Lock hospitals Punjab
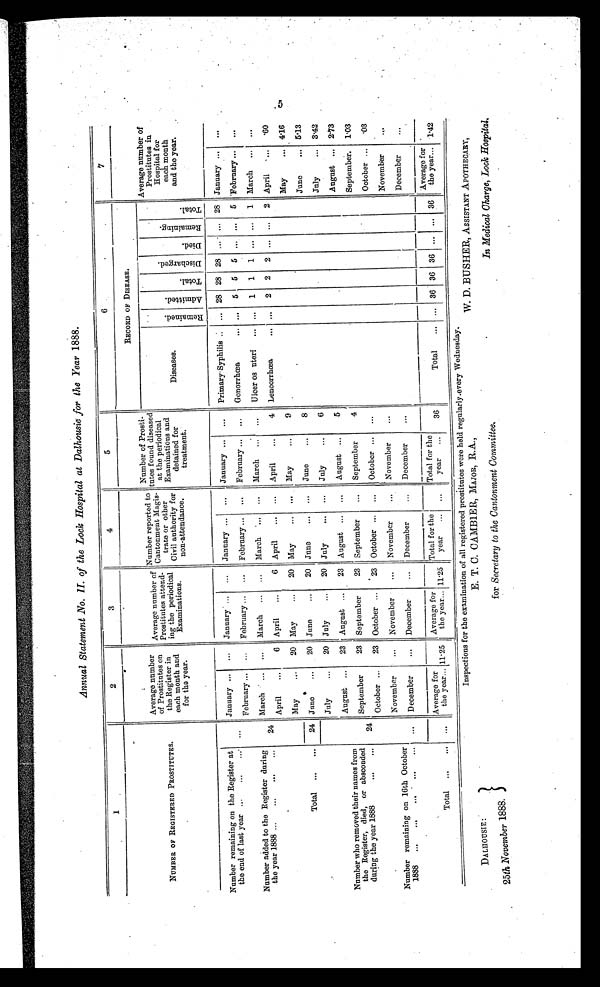
Annual Statement .No.II. of the Lock Hospital at Dalhousie for the Year 1888.
1
2
3
4
5
6
7
NUMBER OF REGISTERED PROSTITUTES.
Average number
of Prostitutes on
the Register in
each month and
for the year.
Average number of
Prostitutes attend-
ing the periodical
Examinations.
Number reported to
Cantonment Magis-
trate or other
Civil authority for
non-attendance.
Number of Prostitutes found diseased
at the periodical
Examinations and
detained for
treatment.
RECORD OF DISEASE.
Average number of
Prostitutes in
Hospital for
each month
and the year.
Diseases.
R e m a i n e d .
A d m i t t e d .
T o t a l .
D i s c h a r g e d .
D i e d .
R e m a i n i n g .
T o t a l .
Number remaining on the Register at
the end of last year
. . .
January
. . . January
...
January
...
January
...
Primary-Syphilis
... 28 28 28
. . . . . . 28 January
...
February
...
February
. . . February
...
February
...
Gonorrhœa
. . . 5 5 5
. . .
. . . 5 February
...
Number added to the Register during
the year 1888 ...
...
...
... 24
March
. . . March
. . .
March
...
March
. . .
Ulcer os uteri
. . . 1 1 1
. . .
. . . 1 March
. . .
April
6 April
6 April
...
April
4 Lencorrhœa
...
2 2 2
. . .
. . . 2 April
.60
Total ...
...
May
20 May
20 May
. . .
May
9
May
4.16
24 June
20 June
20 June
...
June
8
June
5.13
July
20 July
20 July
... July
...
6
July
... 3.42
Number who removed their names from
the Register, died, or absconded
during the year 1888
August
23 August
23 August
. . .
August
5
August
2.73
24
September
23 September
23 September
. . .
September
4
September
1.03
October
23 October
23 October
. . .
October
. . .
October
.03
Number remaining on 16th October
1888
...
November
...
November
...
November
. . .
November
...
November
. . .
December
...
December
...
December
...
December
...
December
. . .
Total
...
Average for
the year 11.25
Average for
the year 11.25
Total for the
year
. . . .
Total for the
year
36
Total
... 36 36 36 ... ... 36
Average for
the year 1.42
DALHOUSIE:
25th November 1888.
Inspections for the examination of all registered prostitutes were held regularly.every Wednesday.
W. D. BUSHER, ASSISTANT APOTHECARY,
E. T. C. GAMBLER, MAJOR, R.A.,
for Secretary to the Cantonment Committee.